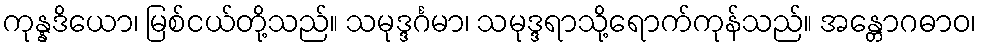
ကုန္နဒိယော၊ မြစ်ငယ်တို့သည်။ သမုဒ္ဒင်္ဂမာ၊ သမုဒ္ဒရာသို့ရောက်ကုန်သည်။ အန္တောဂဓာဝ၊